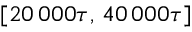
[ 2 0 \, 0 0 0 \tau , \, 4 0 \, 0 0 0 \tau ]